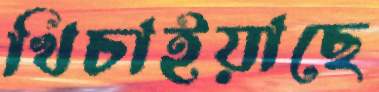
খিচাইয়াছে